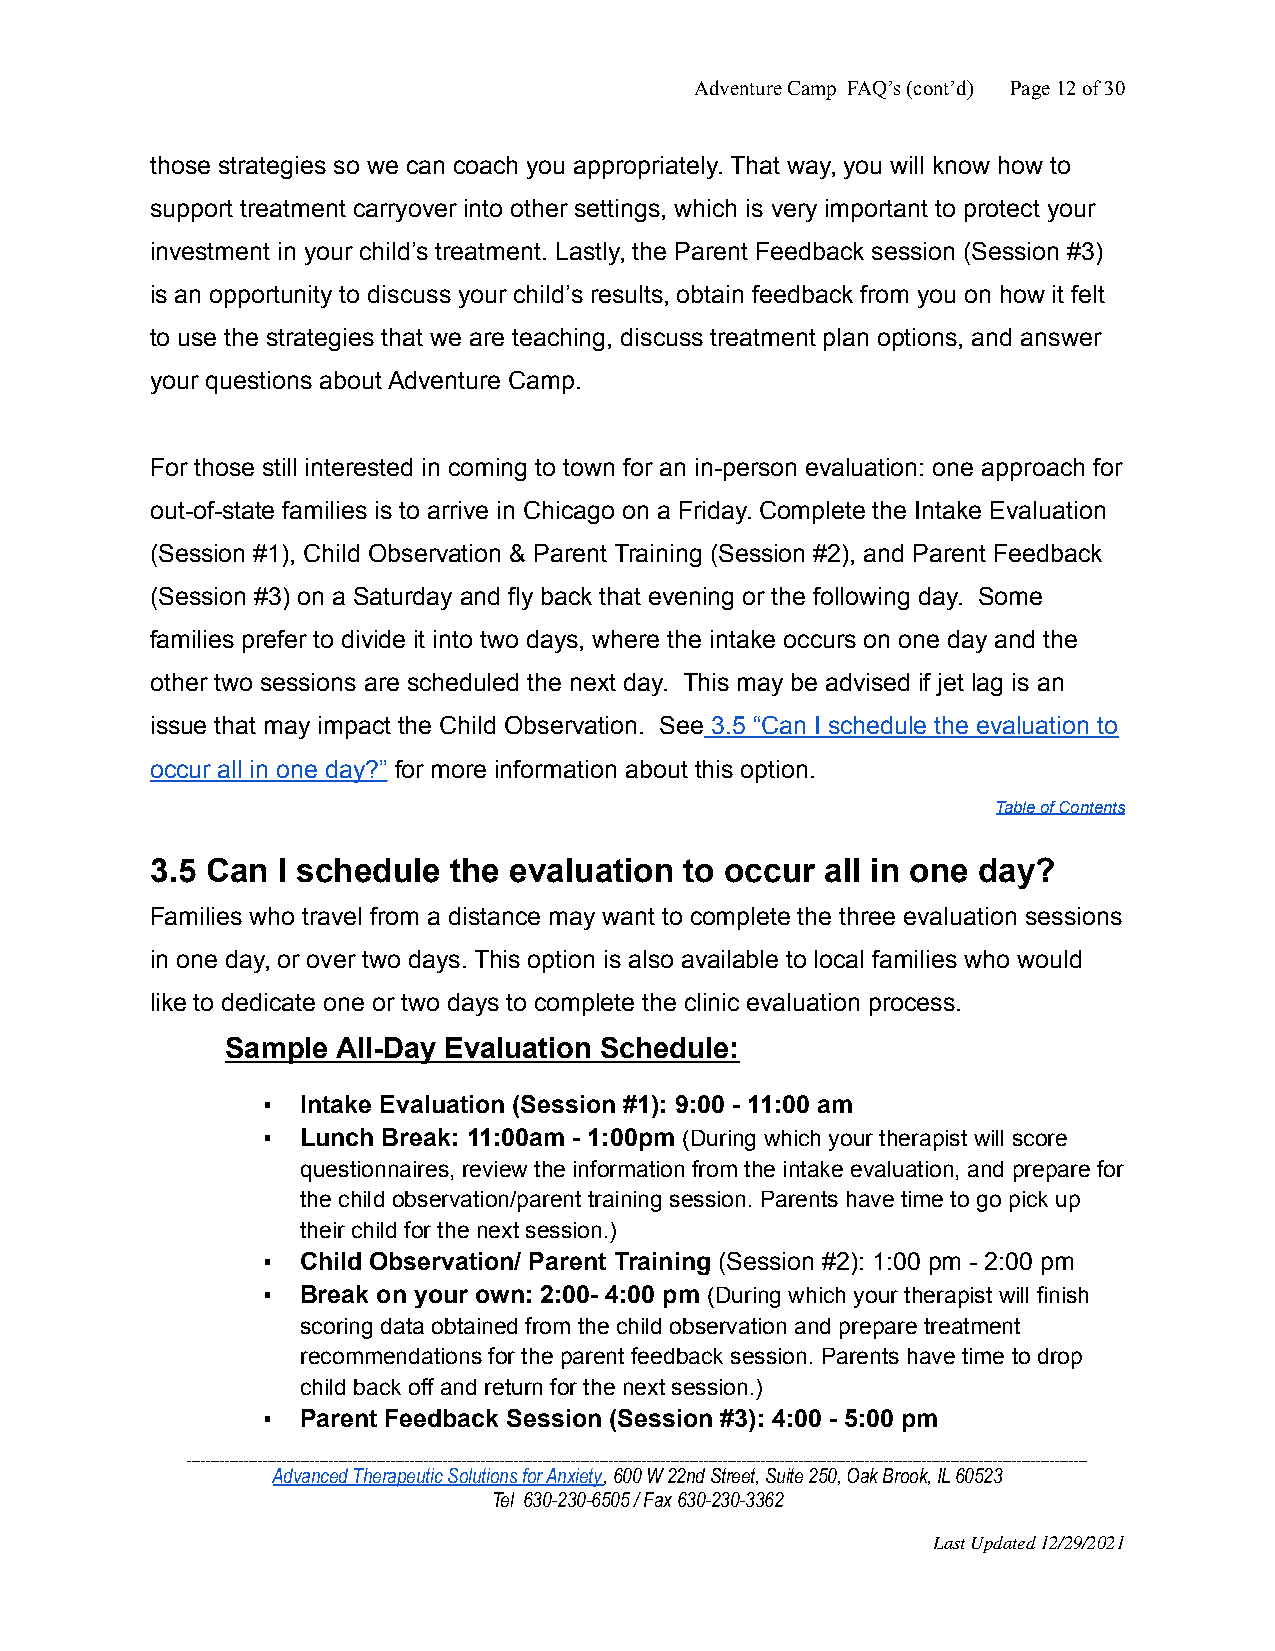
Adventure Camp FAQ’s (cont’d) Page12of30
 those strategies so we can coach you appropriately. That way, you will know how to
 support treatment carryover into other settings, which is very important to protect your
 investment in your child’s treatment. Lastly, the Parent Feedback session (Session #3)
 is an opportunity to discuss your child’s results, obtain feedback from you on how it felt
 to use the strategies that we are teaching, discuss treatment plan options, and answer
 your questions about Adventure Camp.
 For those still interested in coming to town for an in-person evaluation: one approach for
 out-of-state families is to arrive in Chicago on a Friday. Complete the Intake Evaluation
 (Session #1), Child Observation & Parent Training (Session #2), and Parent Feedback
 (Session #3) on a Saturday and fly back that evening or the following day. Some
 families prefer to divide it into two days, where the intake occurs on one day and the
 other two sessions are scheduled the next day. This may be advised if jet lag is an
 issue that may impact the Child Observation. See 3.5 “Can I schedule the evaluation to
 occur all in one day?” for more information about this option.
 Table of Contents
 3.5 Can I schedule  the evaluation to occur  all in one day?
 Families who travel from a distance may want to complete the three evaluation sessions
 in one day, or over two days. This option is also available to local families who would
 like to dedicate one or two days to complete the clinic evaluation process.
 Sample All-Day Evaluation Schedule:
 ▪  Intake Evaluation (Session #1): 9:00 - 11:00 am
 ▪  Lunch Break: 11:00am - 1:00pm (During which your therapist will score
 questionnaires, review the information from the intake evaluation, and prepare for
 the child observation/parent training session. Parents have time to go pick up
 their child for the next session.)
 ▪  Child Observation/ Parent Training (Session #2): 1:00 pm - 2:00 pm
 ▪  Break on your own: 2:00- 4:00 pm (During which your therapist will finish
 scoring data obtained from the child observation and prepare treatment
 recommendations for the parent feedback session. Parents have time to drop
 child back off and return for the next session.)
 ▪  Parent Feedback Session (Session #3): 4:00 - 5:00 pm
 ______________________________________________________________________________________________________________________________________________________________________________________________
 Advanced Therapeutic Solutions for Anxiety, 600 W22nd Street, Suite 250, Oak Brook, IL 60523
 Tel 630-230-6505 / Fax 630-230-3362
 Last Updated 12/29/2021